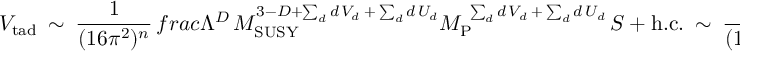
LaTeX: V _ { \mathrm { t a d } } \ \sim \ \frac { 1 } { ( 1 6 \pi ^ { 2 } ) ^ { n } } \, f r a c { \Lambda ^ { D } \, M _ { \mathrm { S U S Y } } ^ { 3 - D + \sum _ { d } d \, V _ { d } \: + \: \sum _ { d } d \, U _ { d } } } { M _ { \mathrm { P } } ^ { \ \sum _ { d } d \, V _ { d } \: + \: \sum _ { d } d \, U _ { d } } } \, S \ + \ \mathrm { h . c . } \ \sim \ \frac { 1 } { ( 1 6 \pi ^ { 2 } ) ^ { n } } \, M _ { \mathrm { P } } \, M _ { \mathrm { S U S Y } } ^ { 2 } \, S \ + \ \mathrm { h . c . } \, ,